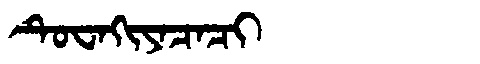
Manchu: ᡨᡠᠸᠠᡴᡳᠶᠠᠴᠠᠴᡳ
Romanization: TUWAKIYACACI